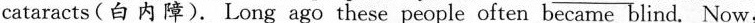
cataracts(白内障).Long ago these people often became blind. Now.